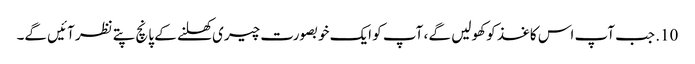
10. جب آپ اس کاغذ کو کھولیں گے ، آپ کو ایک خوبصورت چیری کھلنے کے پانچ پتے نظر آئیں گے۔